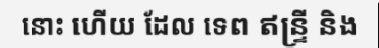
នោះ ហើយ ដែល ទេព ឥន្ទ្រី និង